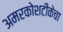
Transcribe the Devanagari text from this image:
अमरकोशटीकेचा